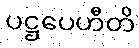
ပဋ္ဌပေဟီတိ